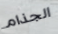
الجذام